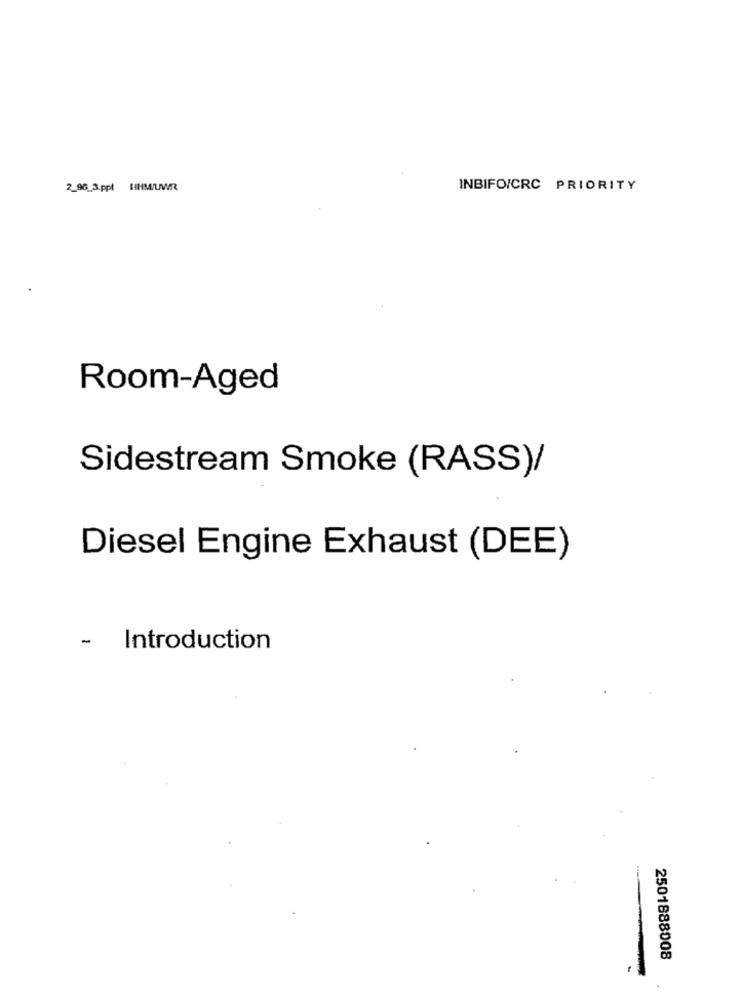
2_96_3.ppt [IHM/UWR
INBIFOICRC PRIORITY
Room-Aged
Sidestream Smoke (RASS)/
Diesel Engine Exhaust (DEE)
- Introduction
2501888008